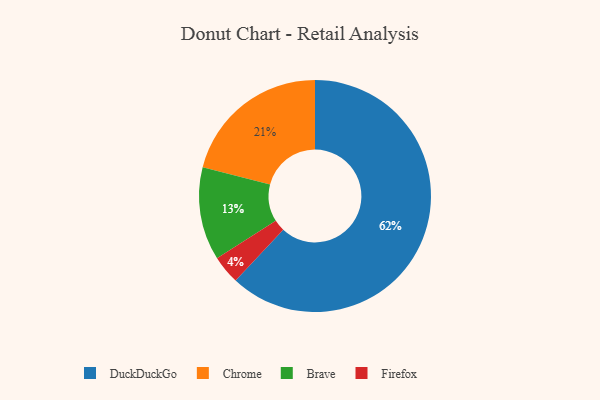
{"axis": {"x": "Category", "y": "Percentage"}, "legend": ["Brave", "Chrome", "DuckDuckGo", "Firefox"], "data": [{"x": "DuckDuckGo", "y": 62, "type": "DuckDuckGo"}, {"x": "Firefox", "y": 4, "type": "Firefox"}, {"x": "Brave", "y": 13, "type": "Brave"}, {"x": "Chrome", "y": 21, "type": "Chrome"}]}